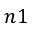
n 1